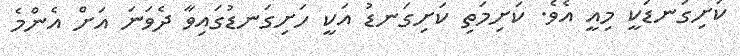
ކަށިގަނޑަކީ މިއީ އެވެ. ކަށިމަތި ކަށިގަނޑު އަކީ ހަށިގަނޑުގައިވާ ދެވަނަ އަށް އެންމެ